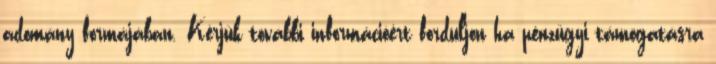
adomány formájában. Kérjük további információért forduljon ha pénzügyi támogatásra